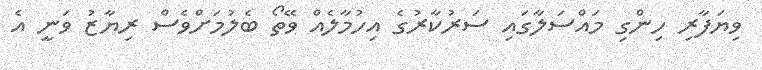
ވިޔަފާރި ހިންގި މައްސަލާގައި ސަރުކާރުގެ އިހުމާލެއް ވޭތޯ ބެލުމަށްވެސް ރިޔާޒު ވަނީ އެ